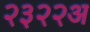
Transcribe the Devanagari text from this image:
२३२२अ